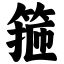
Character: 箍